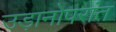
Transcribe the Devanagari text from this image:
उड़ानोपरांत